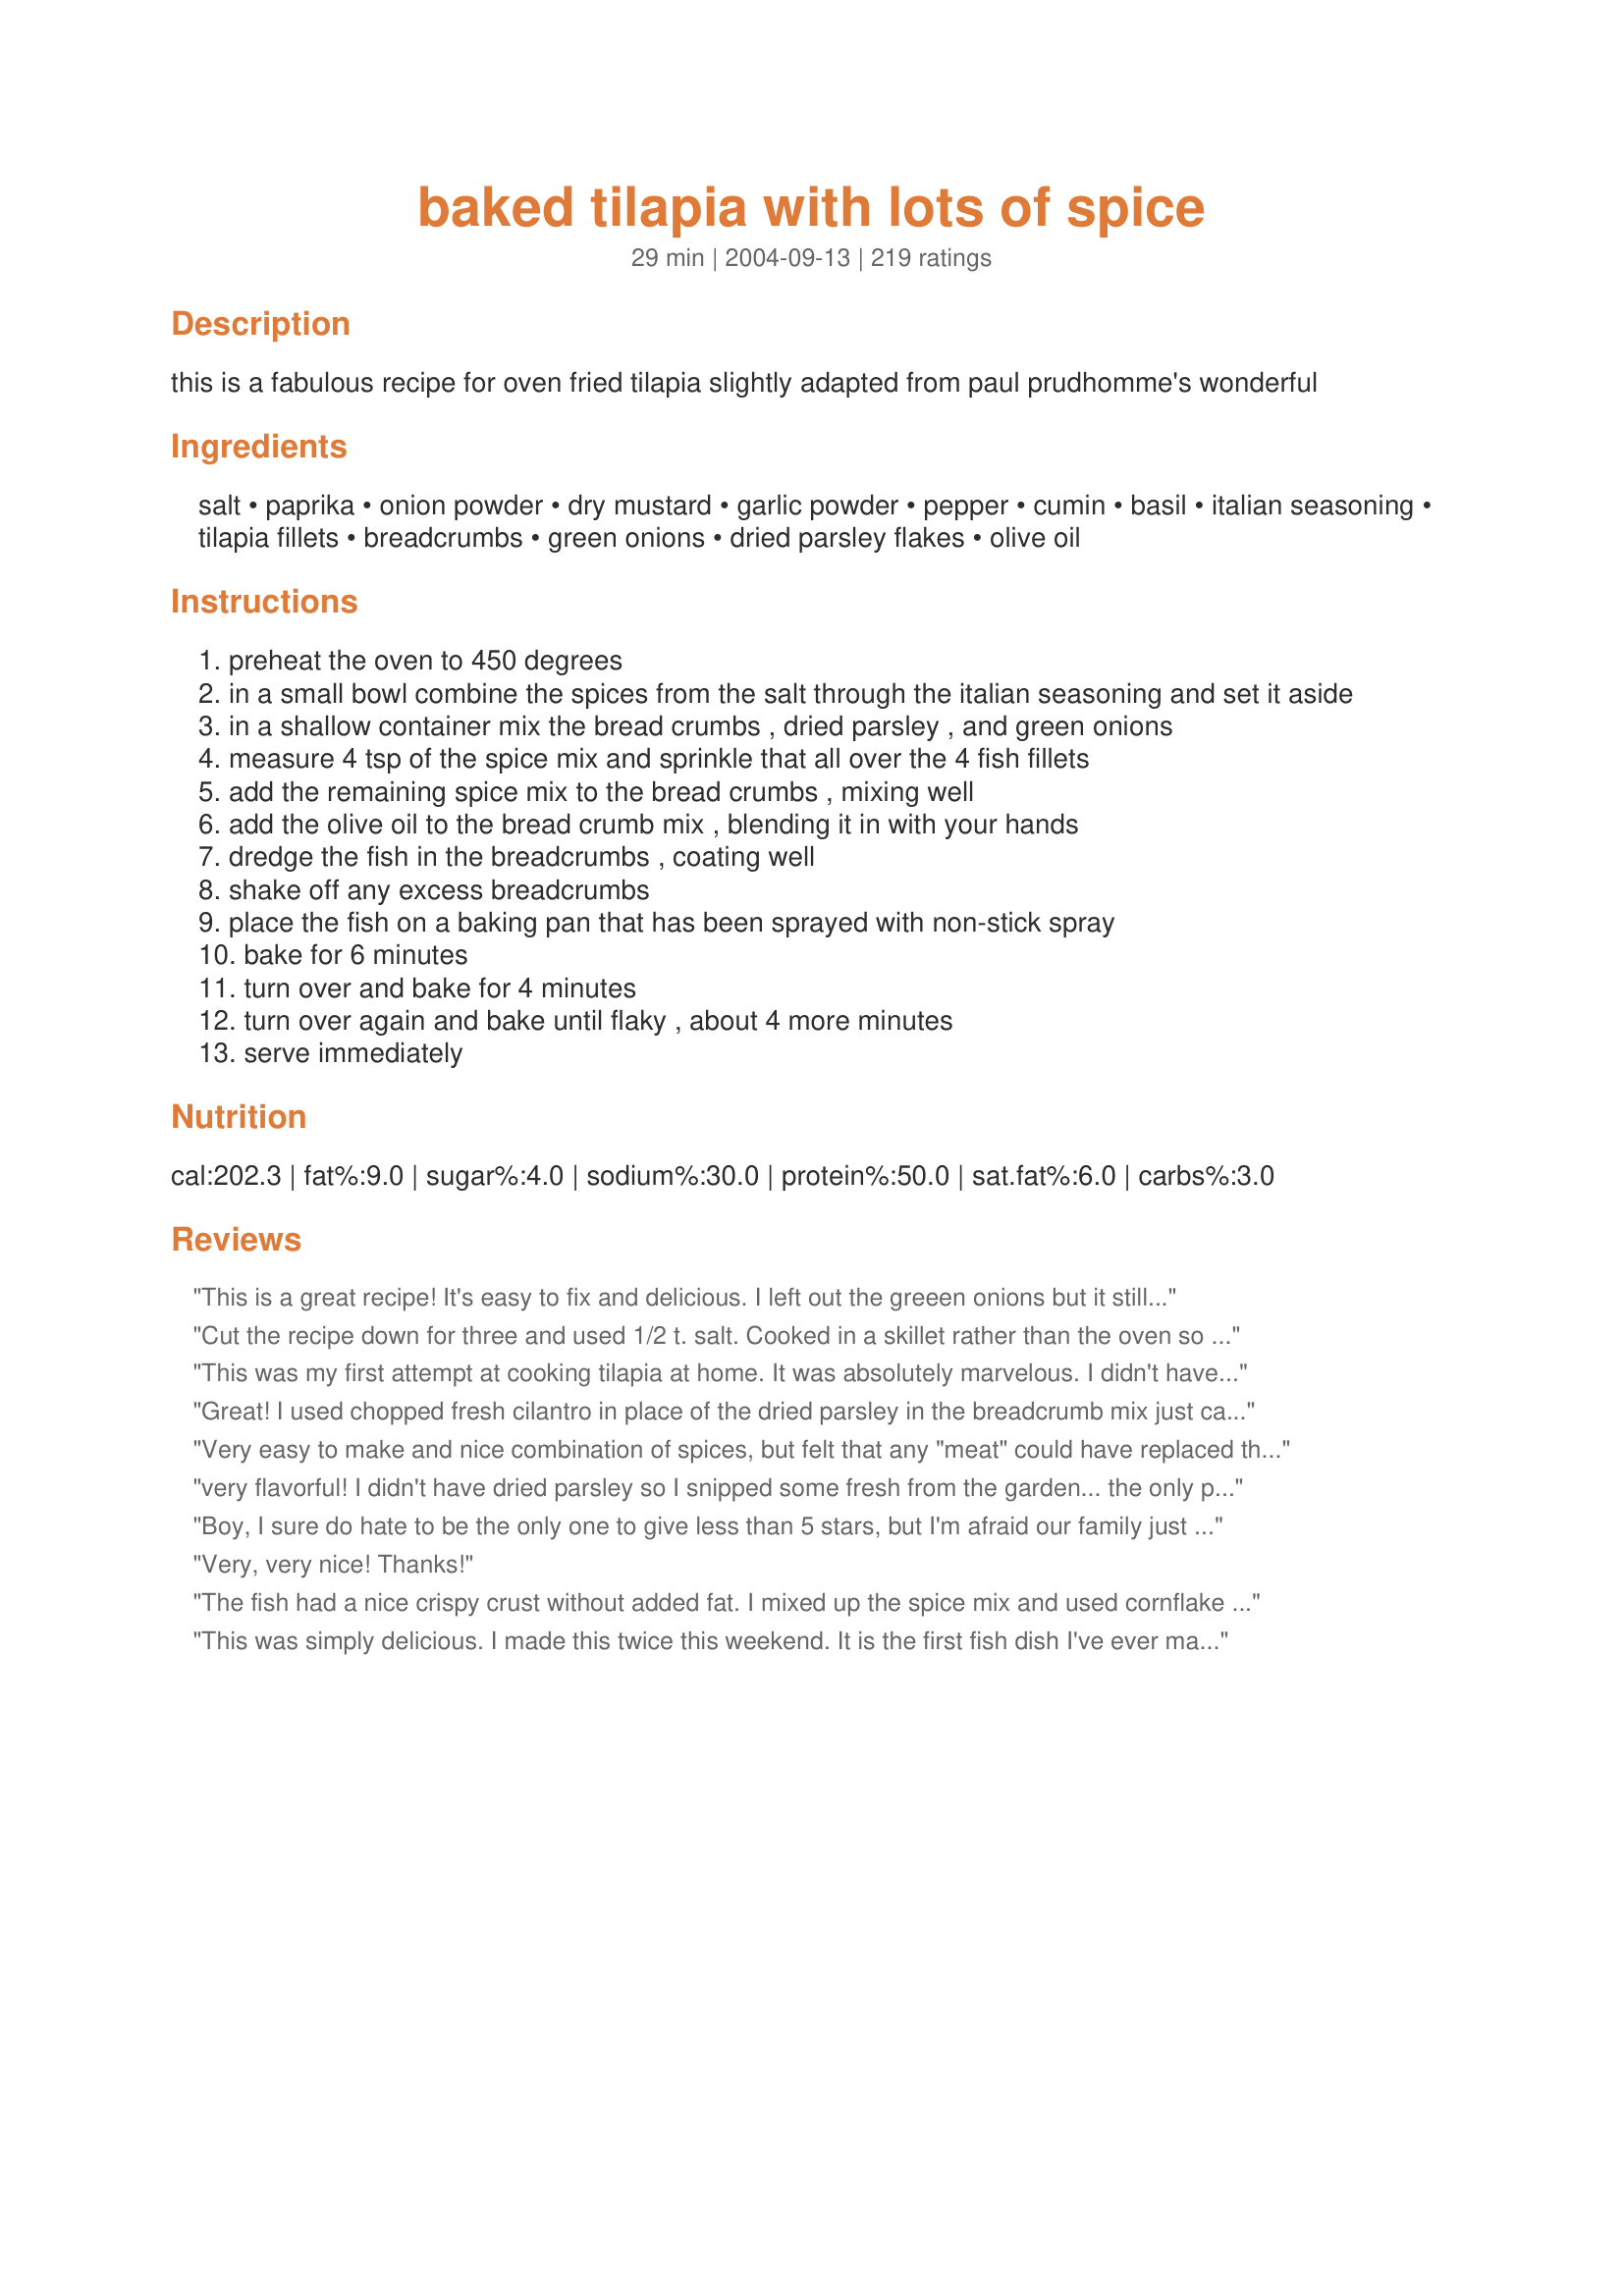
baked tilapia with lots of spice
Preparation time: 29 minutes

this is a fabulous recipe for oven fried tilapia slightly adapted from paul prudhomme's wonderful

Ingredients:
salt, paprika, onion powder, dry mustard, garlic powder, pepper, cumin, basil, italian seasoning, tilapia fillets, breadcrumbs, green onions, dried parsley flakes, olive oil

Steps:
preheat the oven to 450 degrees
in a small bowl combine the spices from the salt through the italian seasoning and set it aside
in a shallow container mix the bread crumbs , dried parsley , and green onions
measure 4 tsp of the spice mix and sprinkle that all over the 4 fish fillets
add the remaining spice mix to the bread crumbs , mixing well
add the olive oil to the bread crumb mix , blending it in with your hands
dredge the fish in the breadcrumbs , coating well
shake off any excess breadcrumbs
place the fish on a baking pan that has been sprayed with non-stick spray
bake for 6 minutes
turn over and bake for 4 minutes
turn over again and bake until flaky , about 4 more minutes
serve immediately

Reviews:
This is a great recipe! It's easy to fix and delicious. I left out the greeen onions but it still turned out fantastic. A keeper for sure.
Cut the recipe down for three and used 1/2 t. salt. Cooked in a skillet rather than the oven so was very quick. Served in thin buns for a sandwich. Very good.
This was my first attempt at cooking tilapia at home. It was absolutely marvelous. I didn't have dry mustard so I tried the suggestion of brushing mustard on the filet before coating and it was delicious. This is going to be a once a week dinner, it is quick and easy for a busy bee.
Great! I used chopped fresh cilantro in place of the dried parsley in the breadcrumb mix just cause I had it and it needed to be used. I also had to do mine on the stovetop, as my oven decided not to work. Pan seared them and they turned out perfectly. My boyfriend told me it was the best white-flesh fish he ever had, and he is a chef. Thanks for a wonderful meal.
Very easy to make and nice combination of spices, but felt that any "meat" could have replaced the tilapia and would also have tasted only of the spices. To be fair, we're used to eating full-fat recipes and not having to rely so much on spices for our flavor, so in that regard, it was a well-designed dish.
very flavorful! I didn't have dried parsley so I snipped some fresh from the garden... the only problem was when I flipped it over in the oven, a lot of the breading fell off. Maybe more EVOO? regardless, a super tasty way to enjoy fish! thank you! will cook again :)
Boy, I sure do hate to be the only one to give less than 5 stars, but I'm afraid our family just thought this recipe was O.K. I followed it exactly, making no substitutions or changes.It wasn't bad, it just wasn't as good as I'd expected, given all the great reviews.Despite the large number of spices in it, we found it to be somewhat plain,which was surprising.And I also had expected it to have a crispy crust, but the breadcrumbs seemed very soft, almost soggy.I made a garlic aioli to accompany ours, and that helped to give it some zip.But I'm clearly in the minority here, as most others really enjoyed it.Your baking time was exactly right though, and maybe we would've enjoyed it more if it were fried and crispy, but I notice it's supposed to be a low fat recipe.
Very, very nice! Thanks!
The fish had a nice crispy crust without added fat. I mixed up the spice mix and used cornflake crumbs instead of the breadcrumbs, omitted the green onions and after washing and drying the fillets, misted them lightly with olive oil prior to pressing into the crumb mixture. The fish held the crumb mixture nicely and after DH's first bite he proclaimed it delicious. Lemon wedges were served on the side.
This was simply delicious. I made this twice this weekend. It is the first fish dish I've ever made and not only did it taste good, it was easy too. I did cut the recipe in half because I only made two fillets each time. Also I did not have any dried mustard so I left that out. Thank you for a great recipe.
Delicious fish, I used basa, we loved the spices! I will be making this again, thanks for sharing this easy, good for us recipe, a real bonus that it is low fat and low carb!
I'm always looking for new fish recipes and this one is a keeper. The flavor of all of the spices combined made the tilapia taste very good. I rubbed the spices on with the reserved spices. Then I sprayed a little olive oil on the fish. Next I dredged the fish in the bread crumb mixture. After the fish was on my non-stick foil, I sprayed the fish with the olive oil again. I ended up with a lot of left over bread crumb mixture when I doubled the recipe, but the spice amount on the fish was more than enough.
This is a great tilapia recipe and very easy to make. The only issue I had was that the bread crumb mixture didn't stick to the fish very well, especially when turning in the oven. I wonder if skipping the olive oil step and dipping the fish in a beaten egg first would've been easier. We'll try that next time. But, the flavor was delicious - great for a low fat dinner.
Great seasoning; we added some red pepper since we like a little heat with our spice.
Good and spicy! I used mahi mahi instead of tilapia, and I bet it would be great with catfish, too. I didn't have breadcrumbs so I substituted cornmeal mix, and that worked out just fine.
We loved this recipe! Even my kids liked it. We've made it several times and have added it to our fish rotation. Thanks for the great recipe.
Great recipe! And so easy to make! Thanks so much!
This was great! I don't really like fish, but I had seconds of this, and DH and DS loved it. It had a great flavor, but wasn't at all "spicy". The breadcrumbs gave a great texture. Served with baked sweet potatoes and spaghetti squash. Thanks for posting!
b/f loved this. quick and easy. thanks
I've made this a couple of times and it is very tasty. The crust this creates on the tilapia is very flavorful and gives it a bit of crunch. I play around with the seasonings . . . using the things I like (not a fan of cumin or basil). Great recipe!
This is a great recipe. I will use it again.
This was a very easy alternative to fried fish. I had read the reviews prior to cooking this and made one small change. I completely omitted the salt, as it would be easy to salt at the table if need be. The taste was phenomenal without salt, so that is how I will make it from now on. I have a hard time eating fish, as I just don&#039;t normally like the taste of it, but with this recipe I will be able to start rotating it into our diet more often. Even my 1O, 8 and 4 year old children loved it. My 8 year old daughter wanted more, but alas there wasn&#039;t any leftover. Thank you for a great new way to eat fish ladypit!
This has become a regular in my house. I'm not too sure if everyone else likes it but I love it and it's not hard to make. It's honestly my favorite fish recipe. Thank you for posting it :D
Wow -- easy, healthy, and tasty! I halved this recipe to serve 2, but otherwise followed the directions to a tee. Normally when I coat something in breadcrumbs I'm used to dipping it in milk or egg first... I wasn't sure how the coating would fare after flipping twice, but I was gentle with it and it stayed on wonderfully. Thanks, this is a keeper!
This recipe is so good. I can't wait for DH to get home to try this wonderful meal. I had everything on hand, but the italian seasoning, but since italian seasoning is usually garlic, basil and oregano, I just added 1/4 teaspoon of these 3 spices. This was my first time on recipe*zaar, but I have now joined and will be adding some of my recipes eventually.
I do love Fish Fridays when I make a meal like this!! This is SO good! The only thing I didn't do is add dry mustard powder, as I didn't have any. Tasty!!
We had this for dinner last night. The only fish I'm used to eating includes baked/breaded Dover Sole fillets, flake Albacore or Chunk White or Light tuna, and those frozen formed fish sticks and fish patties in the freezer section. I think I've had Tilapia before but I can't remember it well. I'm super picky about fish, but this recipe sounded good, and bf thought it did too, so I thought I'd give it a go. A 12 oz package of fresh-frozen Tilapia was on sale, so I since the recipe uses 16oz worth of fish, I used the entire package. Other than the amt of fish, I followed the recipe exactly. The ingred amts and ratios were excellent, I think. I forgot to thaw the fillets, so they hung out on the counter while I mixed up the seasoning. Cook time/temp was perfect. This was good Tilapia, esp for someone like me who is so picky about fish. Bf and I each had 2 1/2 fillets (5 fillets in a 12 oz package) and he said "Mm, spicy, yum," on his first taste. Several minutes later, I heard "Pretty good." I rather agree. :) Thanks ladypit, good and easy recipe to follow for me, the novice cook!
This was very good, will be making again. Thanks for a yummy recipe (0:
I am not a fish person, and I ate an entire piece!! AWESOME dish! not too salty, as others have said. I didn't have dry mustard so I went without, but it was totally delish! Will make again!
Loved it! Had to use crushed cornflakes as I was out of breadcrumbs, and used olive oil cooking spray to coat filets before dredging. Don't regret the cornflakes a bit, but look forward to trying with breadcrumbs as well. Thanks for a keeper!
Five stars are not enough for such a tasty recipe. My family raved about it...even my mother. It's been added to our family's regular food regimen.
Before this I thought the only way to prepare fish was fried. This recipe was down right simple to prepare. Tasted super, and will be among the "tried and true" recipes in my collection. Only change made was I sprinkle lemon juice on any fish I prepare. Rest of the seasonings was measured as is and the fish came out perfect. Thanks for a great fish "fry" !
This was so delish!! I made it a while ago and forgot to review it. Great healthy and flavorful alternative to fried fish!!
This was really easy and tasty! I made exactly as is and the fish came out perfect. Thanks!!
Really good, lots of flavor. 
I loved the combination of the spices, quite tasty! 
I would make this again. 
Grade of B+ at my house! :)
Thank you for sharing!
I know it says four tilapia fillets, but I had excess batter and could have easily cooked 6 fillets . Nevertheless, the recipe worked perfectly and I followed everything as stated, I didn't use the dry mustard and mine came out perfectly. My husband kept telling me over and over how much he enjoyed the fish too! Thanks for recipe.
This was so very good. I followed the recipe to a T. It was perfectly spicy and crispy. It's a wonderful recipe; thank you so much!
Loved this, easy great flavor and I really am not a big fish fan. This is quickely changing my mind. Seasoning was very good. Thansk
This is fantastic! A touch too much pepper for my family. I should have known when I saw it was a Paul Prudhomme recipe! I rarely cook fish at home because I've never had a good recipe. Well, now I do!!! Thanks, ladypit!
I've made this twice now without the breading, instead dipping the fish into a lemon/butter mix, and then into the spice. I also baked it for 15 minutes without flipping. It came out wonderfully!

Also, the spice mix is phenomonal! I've even used it on bbqed pork chops. :)
DH and I have been trying to eat cleaner. (less fat and sugar). This hit the spot. I really was a bit worried about all the spices, but it is "Baked Tilapia with LOTS of Spice".
We were pleasantly surprise that the spices didn't take away from the flavor of the fish. I did serve it with a little (mayo, ketsup and a touch of horseradish mixture on the side) This is a keeper. Thanks, ladypit for posting this deliicous dish.
Excellent recipe! I wanted more than one serving! Next time I will reduce the amount of salt by half...maybe my breadcrumbs were too salty, but it was a little salty for me. I used Morton Lite Salt, and it was still too salty for me. The green onions in the breadcrumb mixture is wonderful. All the other spices seemed perfect. I am on a diet, but this would be wonderful dipped into tartar sauce or with a ranch/dijon dip. Thank you for a wonderful recipe!
Delicious, and flexible! I used a little less salt, and instead of italian seasoning (which I didn&#039;t have) I added a bit of jamaican jerk seasoning. Everyone LOVED it. Be careful about cooking times as they depend on the thickness of your fish. Mine took only 9 minutes total.
Having just discovered the great taste of tilapia fillets I was glad to find your recipe.Thanks
We really enjoyed this! Very easy to make and quick. I served it with Bob Greene's Pepper and Olive Tomato Sauce, which I posted... "Recipe #75610". Even my toddler ate it. Wow, a 2-year-old eating fish. Now that's a good recipe.
I love spicy food but this gave me a heart-burn like feeling after dinner and that never happens to me. I would make it again but cut back on the spices.
The kids and I had this for lunch. Yummy. This will be a regular at my house. I forgot the green onions ,only had a little over 1/4 teaspoon of paprika (which I did put in) and I was completely out of dry mustard but it turned out great anyway. I can't wait to make this as directed.
I bought a lot of tilapia lately so I've been searching for new ways to make it, and this was a wonderful alternative! Not only was it simple to make, since I had all the ingredients on hand, but it was soo flavorful! I might of overdosed on the salt though because it came across on the salty side (I'm a salt lover too!) but it was still excellent.
I followed the recipe as written, but something was wrong - the finished dish was greasy. Maybe there's a particular type of breadcrumb to use - I used the packaged Italian-seasoned ones, but it wasn't what I'd expected.

Diane
great recipe, loved by those who hate fish
This just wasn't for us. The only change I made was to cut the salt in half. The flavor was ok, not something we were crazy about but edible. The biggest problem I had was the coating wasn't crispy, it felt like uncooked breading.......Maybe we are more texture sensitive than normal but we couldn't eat it.
WOW! Just WOW! Mmm! Moderately spicy, nice and crispy. You'll swear it was pan fried. The green onions didn't stick :-( but it was still very good. I'll try slicing them smaller next time and hope that helps.
this was delicious! the spices are GREAT. thanks so much!
Wonderful! Thanks for this one!
Loved this, but I was missing some of the spices so I'm leaving a star off:) I'm sure it's worthy of a 5 star rating just based on what I had tonight :)
Wonderful recipe! I've made it at least five times already and it continues to command rave reviews from my hubby and 8 y/o daughter. I measured a triple batch of the spice blend (I omit the salt)into a ziplock and so prep time is even shorter and usually cook five fillets. We like this with either wild rice or mashed potatoes, as well as a green leafy veggie (steamed swiss chard, sauteed spinach or broccoli) and carrots. If I don't make plenty of veggies, my hubby will keep going back for more fish and I won't have enough to pack a lunch.
This was so unbelieveable good! I had high expectations due to the reviews, but oh man! Was it good! I used frozen tilapia that I thawed first. Also, my husband really likes spicy food so I added more paprika and cumin to his than mine. Oh, I also accidentally put the breadcrumbs in the spice bowl and it didn't mess it up. THANK YOU!
Excellent flavor and ver easy to make
Fabulous! I got such rave reviews the first time I made it that I used the same recipe on the chicken breasts I made tonight. Delicious!
Wow! So yummy. My fiance is not crazy about fish, but I love it. He really liked this dish! I served it with rice and corn. Thanks for the great recipe!
Great flavor. It does remind me a little of shake and bake. I only put the spice and bread crumbs on one side of the fish and baked on parchment paper for 12 mins. Thank you
I didn't use Breadcrumbs and i used regular mustard, but I still like the way it came out. I've used it more than twice. Thanks
Very easy tasty recipe - I used Panko crumbs and Basa fish, None of the herbs/spices overpower each other but they all come together to give a subtle flavor to the fish. I served the fish with Lemon Asparagus, new carrots & sweet potatoe oven fries - Wonderful dinner Thanks ladypit for a lovely dinner
Made this last night and there were several comments around the table about how good the fish was. My 13 y/o son said he didn't like fish until he ate this dish. This is no fish tale:) It's a keeper. Thanks for sharing.
I used this recipe on some snapper that we caught in Florida. It was fantastic! My family thought it was the best they had ever had. Very yummy. Thanks for posting.
The flavor of this is absolutely wonderful! I made this last night with buttery rolls-what a delectible dinner! :-) My 5 year old son was begging for more! Wish I had made more! Next time I will know to double!! :-) Thanks!
Delicious!
I have to admit, I made this recipe my own. I used cod fillets and I didn't use any bread crumbs. I also halved the amount of cumin according to what others had said about it being over powering. The amount of each spice was perfect! 
So I also just used half of the recipe for 4 cod fillets because I didn't want the spices to over power the fish. With that amount they didn't over power it at all, it was just perfect! Thank you for this great seasoning mixture!
Very nice recipe! I followed the directions with the following exceptions:
I didn't use dry mustard and I dredged the fish in olive oil then in the bread crumb mixture.
Loved this I dipped the tilapia in a beaten egg first to help the breadcrumb mixture stick, so I just mixed ALL the spice in with the bread crumbs before dipping instead of rubbing it on the fish.
I tried this tonight and the only thing I didn't love was the cumin, but I am pretty fickle about that anyway. Otherwise it was really good.
Seldom do I prepare fish, except for the occasional piece of salmon. This recipe caught my eye as I thought it would make the mild fish a little more interesting. I was right! It was absolutely delicious; I started nibbling a piece right after it came out of the oven. Perfectly cooked and I was enthralled with the spice mixture. Thank you so much for a fabulous fish recipe that I will enjoy often!
This is my new favorite tilapia recipe. I didn&#039;t use the breadcrumbs - just rubbed a little olive oil on the fish and sprinkled on the spice mix. For my taste, the spices were perfect - not too salty, not too much cumin or anything else. Just perfect!
Great flavour what more can I say. I used cod as we don't have tilapia sold here. It is well worth having all the spices and I thought I may try using these spices on a chicken fillet, I think it would work out great.
I made this for dinner lastnight with couscous and it was fantastic! I also added a lot of fresh lemon juice. No leftovers! Thanks so much for a great recipe.
I wish i could mark this 1000 stars. I've been using this recipe for a couple years now but this is the first time Ive added a review. Everyone I've made this for absolutely loves it. Definitely a staple in my house. Thanks for sharing!!!
Very tasty...even my son, who doesn't like tilapia finished it and said it wasn't bad. This is definitely a keeper. I omitted the oil, and sprayed Pam on the fish. Just before I put it in the oven I sprayed it with I Can't Believe its Not Butter Spray.
Very tasty. Baking time was perfect. Also very good if you squeeze lemon over it before eating--really brings out the flavor.
This was a moist, delicious fish dish that is really easy to prepare, and uses ingredients that are mostly found around the house. The wife and I both loved it. We'll make it again, though next time I'll use a touch less salt; it tasted just a touch too salty for me.
I really thought that we would love this since I use tilapia for fish tacos regularly. The spice combination isn't anything that won my family over and nobody went back for seconds - a rarity in my household.
Loved It! Excellent flavour! Absolutely a keeper!
I enjoyed preparing this. I used flounder. We all had different reviews. For me it was a 3 (it was only OK), for my older son and DH it was a 4 (pretty good) and for my picky son, well, he didn't like it.
Excellent recipe with a surprising amount of flavor. I will be making this often in our house. I followed the instructions exactly and wouldn't change a thing. Thank you!
Wonderful taste! The only thing I will add next time is lemon juice so the fish want have a strong fishy taste.
Great mixture! It was a little too salty for me, so next time I will add less or omit the salt. I didn't have onion powder and it still turned out great! I sprayed my tilapia with EVOO spray before dunking the fish in the breadcrumbs. My fillets could have stayed in the oven a little longer too, because I would have liked them a bit crunchier. Overall, a great and EASY find and I will definitely do this again!
This was the first time I've ever made fish and it was pretty good. I think it's a great recipe for those that don't really care for fish, but are trying to eat more of it as the tilapia is very mild and the flavor of the spices come through rather strongly so it doesn't taste fishy. DH thought the spices overpowered the flavor of the fish a bit much and that there were too many different spices competing with each other, so I'll probably only put half of the spice mix on a couple of filets for him next time. Thanks for sharing.
We eat a lot of Tilapia! This is one of our favorites! We like our food spicy, so we also added ground red pepper. This smells wonderful while it is cooking. So good!!
This was pretty good! We cut the salt in half, as suggested by other reviewers, and put in some extra pepper probably an extra 1/4 teaspoon. Otherwise this was pretty good! We'll definitely make it again, as we always have this stuff on hand.
I made these last night for supper and we loved them. They have the perfect amount of spices and they baked up so beautifully. My kids usually cover their fish in tartar sauce, but the sauce hardly got touch last night. So good, I want to thank you for sharing this fantastic recipe with us. I will most definatly use this recipe again, it was so good.
My husband gave this 4 stars because its and I quote, "Not potato soup and potato soup is the goodness that we base all food ratings upon." I personally think its one of my favorite ways to prepare Tilapia. Only change I made was cooking it almost 20 minutes.
Very Good and easy to make! Whole family, including 2 small boys, enjoyed it. I only used 1/2 of remaining spice "mix" on fish directly as to not make it too spicey for the kids. It worked great and still packed a flavor punch. Will definitely make this again!
Thank you

this was really good. never sure what type of salt to use when recipe isn't specific..but i used kosher for this and it turned out fine.
I agree with some other posts. We too thought the spice mix was too salty. I suggest using 3/4 teaspoon of salt instead of the 1 teaspoon. You can always add more to your taste. Other than that, the recipe was very good and we'll use it again.
Easy and delicious. Nothing else really needs to be said about this recipe.
This is a great recipe! I didn't have any green onions so I threw in some dried minced onions and used Italian breadcrumbs..that's what I had. Turned out fabulous! Many compliments from DH. This is definitely a keeper for us! Thanks ladypit! :)
Fantastic! This is my new favorite talapia recipe!!! I didn't have dry mustard or onion powder on hand but it came out great without them. I look forward to trying this keeper with all the ingredients listed in the near future. Thanks for sharing.
YUM YUM YUM!!! After one bite, I wished I had made more. My husband was disappointed that I didn't make more, and my two year old son, who LOVES tilapia, was whining because he didn't have more. A definite make again and again recipe. Thank you!!!
Tried the recipe and it was great. The flavors are so good that I've tried the recipe using chicken and pork chops.
My DH liked this more than me. It wasn't crispy at all. I think next time I will dip it in egg to get the crumbs to stick better. The flavor was good. Maybe my oven is just not working well and that is why it wasn't crisp.
AWESOME recipe! Because of all the comments, I reduced the salt to 1/2 teaspoon. I also did as someone suggested to dip the fish in egg (after seasoning with 4 tsp. seasoning) and then covering with bread crumbs. We loved the chopped green onions in this! This recipe is keeper for sure!
I LOVE THIS RECIPE! I'm not a big fan of fish to begin with, so the fact that I love this recipe tells how good it actually is! I used a fish called BASA, the store was out of tilapia. It turned out spectacular, I placed the fish on mashed potatoes, like I've seen in some resturants and my DH and I LOVED IT. WILL MAKE AGAIN
My DH thoroughly enjoyed this and I loved the blend of spices (I don't like fish, but liked the spices). I went ahead and just pan seared them and then finished them up on the stove since my oven was full of other food...worked great! Thanks for sharing this easy and delicious recipe!
Here is a replay of our kids dinner conversation tonight- " Is this fish, Mom?" " We don't want fish!"

After their first bite- "Wow mom did you make this?" "This is really good" "Mmmm, This is realllllly good!"

Even my 3 year old ate a whole fillet!!! Usually when making fish I can barely get any of my boys to take one bite.. This was seriously some good stuff.

I even Oopsed a bunch and it still came out great..
I used 1 tsp. Prepared mustard because I did not have any dried, I used minced onion instead of onion powder (lack of), forgot to add the basil, skipped the italian seasoning because I was already using seasoned bread crumbs, totally spaced adding in the green onions, and after all those Oops' it still came out TERRIFIC.. I can't wait to try it again maybe this time I will use my brain and make sure to add ALL of the ingredients... :P
Excellent recipe and wonderful spice mix. The whole family marveled at the explosion of flavors. I added some fresh herbs from the garden, as well, but stuck to the recipe otherwise. Like some others here, we also found it a bit too salty, so won't be adding more than half of that next time. Thank you!
Thanks for the recipe. I did it the lazy housewife's way by using frozen tilapia from Costco. Also, I just put the frozen fish in a glass pan, drizzled olive oil over it and then mixed all ingredients and sprinkled on the fish. I cooked it at 400 degrees for 32 minutes without turning it, and it turned out great! And, yes, my five and 1 year old ate it as well!
This is a great recipe. I was looking for a flavourful recipe that didn't involve loads of butter for pollock as it can be quite bland. It came out flaky and tasty without all the fat of a buttery fish dish. I might try it next time with chicken like some of the other reviewers suggest.
My DH just loved this (I'm not much of a fish lover myself)! We used basa instead of tilapia because it was on sale, and it still turned out wonderfully! I will be using this recipe again! Thanks so much!
I like this recipe for many reasons. It is very easy to make which is always important to me. The spices blended well for great flavor but no burning mouth. Husband and family thought is was tasty and it's just darn healthy. Thanks ladypit.
I love this recipe. The flavor is great and the fish very easy to prepare. I sprayed the fish with butter flavored non-stick spray before applying the breadcrumbs. It helped it stick (thanks, Barb Gertz, for the tip). My 5 year old ate an entire piece. I will try this with cod or another white fish. Thanks for sharing.
Wonderful, moist and flavorful fish! Served with quinoa and roasted veggies for a healthy dinner!
Very tasty! I cut the salt to 1/4 teaspoon. Tilapia is our whitefish of choice, and this one will be made often! Thanks for posting!
Flavors were good. The green onions did not stick to the fish. Most of the crrust fell off. Maybe I should have used more oil or sprayed the fish with cooking spray after I coated it. I may try it again.
Delicious! I loved all of the flavor in this. I'm not always a fish fan, either, and this made the tilapia perfect to enjoy. I served it with Risotto and Green Beans. Yummmmm!
This recipe is great except it's WAY TOO SALTY!!!!! I'm still going to give it four stars, because I will try making it again with less than half the amount of salt the recipe calls for. I really hope people come across my comment or others before the make this for dinner, because it's VERY SALTY!!! Other than that, the spice blend creates a great flavor for the tilapia :) YUM!
Ladypit, this recipe was a winner for us! Wow! We have been trying to add more fish to our diet and dh and I have discovered we love Tilapia. As someone else mentioned it doesn't have the strong "fishy" taste. I also like the fact that Tilapia fillets are thin and cook quickly. The spice combination in this recipe is very good and they blend well with the fish. I did not add the olive oil to the bread crumbs but instead brushed it on the fillets and it worked great to adhere the breadcrumbs to the fish. I will definitely be serving this dish often and I'm taking someone else's advice and mixing up a large batch of this seasoning mix to have ready to go. Thanks so much for sharing this recipe! :)

This one was a tiny bit too heavy on the spice for me, but still a very good recipe! I think that it probably would have been better if I had had a bit of lemon to squeeze over it. I might make this for some of my friends who like a lot of spice flavor, but I thought that the mix was a tiny bit overpowering.
I hate to be the black sheep, but I thought this was awful. I followed the recipe exactly, with the exception of the green onions (I forgot to chop them) which I left out. The only spice I tasted was the cumin. I like cumin, but it was overwhelming in this recipe and ruined the fish for me. I like fish, and the list of spices appealed to me, but the end result was just not good. Another problem I had was that it was soggy - the breadcrumbs never "crusted," even after a few minutes under the broiler. I'm an experienced cook, so I'm still trying to figure out what went wrong with the baking process. But as far as the flavor goes, neither my husband nor I liked this and it's not a keeper for us. Thanks for posting, obviously I'm the outcast on this one! :)
This is AWESOME and definitely a keeper. My son moaned when he found out I was trying out a different Tilapia recipe because he loved the Tilapia with lime butter so much. When he sheepishly asked for seconds and proceeded to eat MY fish, I knew I had a winner. DH told me I'd regret giving it away and he was right. This is really tasty and I'm definitely adding it to my list of favorites. I make my own homemade breadcrumbs from a recipe on recipezaar and they are very flavorful and stick well. 

Thanks for spicing up my Sunday ladypit
I can't believe I haven't rated this recipe. I have made it several times, and we truly enjoy it each and every time. For a special thank you to a friend of mine, I printed out the recipe and put together the dry spices for her in a little bag. It made a great gift, and she and her family really enjoyed the results. Thanks ladypit!
Thank you for sharing this wonderful recipe. Will be a definite repeater in my kitchen!
omg i just made this receipt and it is so yummy..love it..will fix it over and over again and i didnt even have the dry mustard or the green onions..i dont even think it needs it..yummy
Flavorful and delicious! I didn't have the green onions and ended up having to use a bit more olive oil, but the recipe still turned out wonderfully.
Unfortunately my fish came out soggy. Perhaps it was something I did wrong.
This was one of the best Tilapia recipes I have ever had. I used Roasted Garlic and Savory spices breadcrumbs because that was all I had. The fish turned out to be wonderful!!!!!!! I will definitely make this again.
This is a great recipe. Basically easy to make and low call too. My family loved it. I used "BLINK's" idea to brush fish with brown mustard before coating since I didn't have any dry mustard. Worked out great. Thanks for the suggestion.
This was really good and crispy. I used panko bread crumbs which added to the crispy, light texture. It is highly seasoned so there will be little if any fish flavor. The fish is flaky and well cooked.
We doubled the recipe and it turned out great. The well coated pieces were a bit too salty/seasoned, but the pieces that were a bit more sparsely coated were great. This will definitely go into our recipe collection.
This was easy to prepare. My husband loved it. I on the other hand thought it was ok....I felt that the spices overpowered the taste of the tilapia. The cobination of spices gave a tasty flavour, but that's all I could taste. It didn't allow the flavour of the fish to come through. Next time I make this, I will use half the amount of spices suggested. Thanks for sharing.
I loved the spice combination here, lots of flavor but not spicy in the peppery sense of the word. Even a chili-head like me needs a break sometime. Since I've cut bread from my diet, I used cornmeal in place of breadcrumbs. It worked well but you have to like cornmeal. Thanks ladypit.
This was well received by my fish-loving friends at a recent get-together. Thanks!
My husband, the king of picky eaters, says this is a keeper. First time ever that he went back for more!!!!
This fish was delicious. I followed the directions exactly and it came out perfect. thanks for the great recipe, I'm sure I'll make it often.
Really delicious and easy to prepare. I didn't use green onions in the coating as I didn't have any on hand. The fish cooked in 10 minutes. My husband enjoyed this so I will certainly be making it again.
This is a great recipe! The only problem I have with it is the cooking time. Other recipes that I have for baking fish at high temps. (450 degrees)say to cook for 10 min. per inch of thickness of fish, and this has always worked for me.
Sooooooo, while I followed the ingredients exactly, I only baked the tilapia for about 11 min. and didn't turn it at all. It was cooked perfectly.... and delicious.
Thanks, ladypit!
I made a quadruple batch of the spice mix just to keep on hand so we can have this more often! Mary
This is soooooo delicious! We love Tilapia at our house but don't have a lot of recipes for it, so I was thrilled to find this one. It really is an easy recipe and has a delicious flavor! I only had to bake mine for 10 minutes (6 on one side, 4 on the next), but our fillets were pretty thin. Thanks for sharing this recipe! We'll be making this time and time again.
Delicious and easy-- with made this exactly as listed, but I'm sure substituting some of the spices if need be would not matter. This is light, easy, and delicious. We had this with the spinach and walnut quinoa recipe from this site and sauteed fresh asparagus. Thanks for the recipe!
As part of a move on my part to get the family eating better I've decided to include fish more frequently in our diet. This is a huge challenge as my husband and son really do not like seafood at all, I'm so-so depending on what it is, and my daughter loves it. This recipe fit the bill, even DS who refuses to try seafood ate it up and proclaimed it 'perfect'. I used Cod fillets as that is what I had, and the spice mix lent great flavor and color to the fish, while not overpowering it. I did add about 2 Tbsp of freshly grated parmesan to the breadcrumbs and left out the Italian seasoning as I didn't have any on hand. Thanks Ladypit, for such a great tasting fish recipe, I'm keeping it close at hand.
Awesome!!! I hope that sums it up a bit!! The tilapia was delicious!! This is my new favorite seafood recipe!!!
Amazingly easy and delicious! I made my own breadcrumbs with whole wheat bread. I served this with some cheesy brown rice and green beans for a delicious healthy dinner. Thanks for sharing the recipe!
Wow! I decreased my salt to 1/2tsp.(used lemon pepper salt) because I'm watching my salt intake. I also used seasoned Panko bread crumbs. My house smelled so good. Definitely saving this for a repeat.
YUMMY!! The blend of spices was great. I changed a couple of things--I didn't have basil on hand so I upped the amount of Italian seasoning a bit, & I also didn't have any green onions but I don't think it made a difference. And instead of adding the oil to the bread crumbs, I drizzled the baking sheet with it. I served the fillets with green beans & couscous - DH liked it (and he's pretty picky!) This one's a keeper - I will make it again & again ... thanks for posting! -M
Nice healthy and easy dinner to make. I wasn't sure what the green onions did to the mixture, as when you shake the excess off the fish those just fall off, but all the other spices were great. I might drizzle a tad of olive oil on the fish before baking, to give it a bit of extra moisture on the outside, but we really did enjoy this as-is. Thanks!
Oops, accidentally wrote my review under my husband's account! Delicious fish!
excellent...was looking for something to do with mahi mahi instead of the usual frying....fixed it with hushpuppies & coleslaw. really enjoyed it!!
I didn&#039;t use the salt, or the bread crumbs. I basically used the spice mix as a dry rub, and let the filets sit in the fridge for several hours. Then sprayed baking dish, added filets, drizzled with olive oil, and proceeded. Fantastic spice blend that will find it&#039;s way into other recipes. Thanks for the keeper.
Yum! My boyfriend and I really enjoyed this last night. It had just the right amount of spice. I coated the fish with the olive oil, and greased the pan with it since that seemed to be the locial thing to do. I will be making this again! I also left out the dry mustard since i didn't have any on hand. But i did brush the fish with a little brown mustard before coating in the seasoned breadcrumbs. Thanks!
Let me add my 5 stars worth to this recipe! I used only 1/2 t. of salt and followed the rest of the recipe as written. Easy, very tastey, and healthy- what more could you ask! I served this with Ladypit's Bulgar Pilaf with Broccoli and Peppers (#107267)- another great recipe!Thanks for posting this, Ladypit- I'll be making it often!
This is outstanding ! I used Basa fillets (an Asian catfish) as Tilapia is nearly impossible to find in my area. Love the "fried" texture, and the spicy flavor is fabulous. I'll be repeating this one often. Thanks for posting.
We loved this recipe! We'll definitely try it again. Instead of baking it I drizzled some more olive oil in a pan and fried the filets. Not as healthy, but they turned out crispy, spicy, and amazing! I also added some white pepper, and omitted the dry mustard, as I didn't have any handy. Next time I'll be sure to have lots of lemon, and LOTS of water available.
I was looking for some tilapia recipes the other day, since I've never cooked it before. It was a hit! We'll be having this again soon. Thanks for the great recipe!
Excellent flavor! I even LOVED the leftovers!! I did leave out the green onions, only because it just sounded strange in the breadcrumb mixture. Thanks for a real keeper!!
LOVED this recipe! this was so easy and tasted wonderful. the whole family enjoyed. served with a roasted veggie dish that i just posted today. i will definately make this again. thanks!!
I don't like fish but I liked this. My husband told me to keep this recipe. I will be making this again.
This is so delicious! I love the spice combination and even my 7 year old will eat 2-3 pieces of this fish! Thanks so much!
I made this last night, and this recipe is definitely a keeper! I really liked the way the breading turned out. I also had to use a little more olive oil with the breadcrumbs, and a little less salt. Otherwise everything turned out delicious. Thanks for sharing, I will be making this again.
I love finding lowfat recipes that are also delicious!! This tilapia is easy to make and comes out perfect!! I left out the olive oil and instead sprayed the fillets w/ butter spray then rolled in spice/crumb mixture. My husband and 7 yr old loved it also!!
very spicy and great taste
4 stars because it itoo salty. definitely reduce salt.
I made this a few days ago and although it wasn't bad, my family likes "robust" flavor and this was just too mild for us. If you like a mild flavor, you would like this but from the sound of it I thought it would be a delicious strong flavor but to "us" it wasn't.
This was absolutely delicious and very easy. I made it as stated in the recipe except I did not have any green onions. Next time I will add the green onions and some fresh parsley. Thanks for posting.
This was okay, but not as flavorful as I expected. I think I prefer tilapia with a sauce rather than a dry rub.
This was very good. I've been trying to come up w/ a good tilapia recipe for a very long time. DH called this "restaurant quality." Will certainly make it again. Thanks!
I loved the crispy crust on the tilapia! The flavors were so good, and the meal was so low in calories and fat! This is a winner in our house!
Yum! very good! I do not really like fish, but this was great! My 2 year old ate it as well. Husband loved it! He's a fish lover. If you are a person who doesn't like fishy fish, try this! It's very good! I did everything exact. Next time I may cut spices in half, I had a TON leftover spice mix. Thanks for a keeper!
NOTE: Dont cut spices in half, lol, I did it this time and didn't have enough. That was frustrating to me. Its better to have too much than not enough.
What flavor! This made a usually tame dish into a fantastic cripsy and delicious meal.
Great, easy recipe...It was only me for dinner, but I made the full spice recipe and it's saved in a jar waiting for the next meal! I didn't use the oil and would probably leave out the green onions next time unless I happen to have them on hand. Thanks for posting!
Yummy!! I left out the green onions as a personal preference but followed the recipe other than that. The fish is wonderful, the seasoning is perfect! Because my hubby doesn't like fish, I did a boneless, skinless chicken breast for him with the same method - he really enjoyed that, too.
Very yummy. I didn't have any dried parsley on hand, so I added some dried chives instead. Still had great flavor.
my family loved it
Great recipe... but not for tilapia. I think the spice mixture completely overpowered the delicious flavors of tilapia. I will definately use this recipe for chicken though!
Wonderful. We had this last night for dinner and I'm currently eating a piece with salad for lunch. I did cut back on the salt to 3/4 tsp and I'm glad I did as we felt this was even a tad on the too salty side and we're both salt freeks. So, next time (and there will be many next times) I'll try 1/2 tsp. I'm also going to try salmon with taragon instead of the parsley. Thanks for a super recipe.
Super easy and quick! I made it for 1, so I only made one fillet and cooked it in the toaster oven.
Very healthy but I also reduced the amount of salt for this recipe. Thanks!
Just finished eating this for dinner and it hit the spot. The spice mixture is sooo flavorful and the fish came out very moist and tasty! I doubled the spice mixture & breadcrumbs. I did end up w/ alot of extra bread crumbs when I was finished. I took another reviewer's advice and brushed on some spicy mustard before breading the fillets.I baked mine at the recommended 450 but I only baked them for 10 minutes, turning them over once half way through. One more thing...when I turned them over while baking the bottom side was a little soggy so I sprayed PAM on them and patted a little bit more of the bread crumb mixture onto each fillet and put them back in for that last five minutes. Perfection!
This is a rating for the breading only as I used Mahi Mahi. This is wonderful, I didn't have any green onion, but will have some on hand next time, like probably next week! This is a terrific way to fix fish, I stuck the ingredients in the point tracker on Weight Watchers & the breading is only 2 point per serving so that makes it a great way to get healthy fish breaded. We will use this often, thanks so much.
Made this last night with orange roughy. We like spicy food, but these spices were very strong and over powered the taste of the fish.
I'd give it 5 stars! But my husband kept complaining about how salty it was. Otherwise, we thought it was perfect! Used fresh tilapia, and had to omit a couple of ingredients or make minor substitutions, but I thought it was pretty good!
This could have been a really good seasoning blend, however it turned out WAY too salty for my taste (and I love salt)... so much so that the tilapia went straight into the trash. Next time I will try with a lot less salt...
Made this for supper with some wild rice and it was very good! I did not use the Italian Seasoning because I just for some reason didn't thing it complimented the other spices. Really enjoyed this. Thanks
Easy to make and it was quite tasty. I made mine without dry mustard and mixed up my own Italian seasoning because I didn&#039;t have any in stock and it still turned out great. Definitely a great alternative to fried fish. I do plan on making it again with Dry mustard hoping that would give it a spicy taste. I did not have any problems getting the breadcrumbs sticking to the fish as directed in the instructions, but I did let the fish sit in the Fridge for a few hours.
Excellent recipe. My 2 year old loves it. I would cut the salt in half as it was too salty for our taste and my wife is a salt junky. Overall, VERY good.
Very nice. I enjoyed the flavor. I used Panko brand for the bread crumbs. I needed to use more olive oil in order to get the correct consistency for the bread crumbs to adhere to the fish. My filets were thin so I did not need to do step 11.
We really loved this. I used another reviewer's tip and brushed the olive oil onto the fish after the seasonings were on and then dredged in the crumbs. I used Panko crumbs. The cook time was right on. We thought the spice combination was perfect. I am going to try it on chicken.
This recipe is great! My husband and I loved it and I'll definitely make it again.
This was delicious! We all loved it! I tend to overcook fish, but this turned out perfect! I was amazed at how well the coating stuck to the fish. I will be keeping this recipe around! Thanks!
This is a GREAT recipe. I did alter it a bit tho. I did not use salt, green onions or the olive oil(To hold down the calories & fat). I used non-stick spray on the pan and a fat free butter with garlic flavored spray on the fish so it would hold the bread crumbs. I mixed all the dry ingredents together and put them into a small shaker bottle so I could use it as individual servings(my husband doesn't eat fish). I love the fact that the Tilapia doesn't have the "fishy" smell nor taste like other fish. I hope all that try this recipe love it as much as I do.
I'm giving this recipe 4 stars because of it's potential. I made this last night and it would have been great except it was WAY too salty. Next time I make this I will probably just omit the 1 tsp salt. Other than that I loved the crust on it and it was very easy and fast to put together. Thanks!
Excellent flavor and SO easy to prepare. I got home from work at 6:00 p.m. and this was on the table before 7:00. It turned out much better than anticipated. Mixing the olive oil with the bread crumbs is a neat idea because it really helps the crumbs adhere to the fish. This will become a mainstay in my house. Thank you, ladypit, for sharing.
Easy and delicious. I used haddock since I had no tilapia. My fish-hating daughter had seconds!
Thank you for this recipe, it saved a lot of my time and its delicious too.
I'm sorry, I did NOT like this recipe... just didn't taste good to me.
Excellent tilapia dish. I cooked for about 3 more minutes that was recommended. The fish came out flaky and light. Also, I had no dry mustard, so I just added honey dijon straight from the jar when I mixed in the olive oil. Last, I did not use cumin or green onions, and this dish scored big with my family, nonetheless. Thanks for posting!
This was quite tasty; however, I had a hard time getting the seasoning to adhere and had to coat the fish in some beaten egg first, otherwise it would have been too dry. The seasonings were quite good.
We made this last night and thought it was fabulous! So easy too :) Great for nights when you don't feel like grocery shopping and want to make something you already have.
Great recipe. Followed as directed and thoroughly enjoyed!!
This was a great recipe, though as with a couple of the other reviewers, I had a terrible time getting my breadcrumbs and onions to stick despite trying to use nonstick spray for help. The flavors were fantastic, and even with a thin crust we really enjoyed the fish. It was my first time attempting to cook fish of any sort, and I'll definitely be trying it again! Maybe with more practice I can get the crust to stick as intended!
Yummy! I made this last night as written except added some red pepper for some heat, loved it! This recipe is a keeper.
I made this as written and it turned out fantastic. The next time, I think I will add some snap peas and roasted red potatoes. But even as is, served with rice, it was wonderful. And very easy to make. I will be making this often.
Great fish dish! My husband kept nodding while eating - "This is really good." "This fish is great." We will be eating this often. I used homemade toasted bread crumbs and cooking spray. I had to press some of the crumbs & spices in, but it turned out to be wonderful!
excellent! I've never had tilapia before and now will have it often. Thanks for a great recipe!
This was awesome! Everyone loved it. Very easy to make with everyday items. I will be making this often, thanks for posting!
I made this the first time with the breadcrumbs and then again last night without the breadcrumbs - both were amazing, I actually liked it without the bread crumbs a little better. I just brushed some olive oil on the fillets and then sprinkled very generously with the spices - Amazing.
Delicious! I can't believe how flavorfull this was...and healthy. I am so pleased to have a "go-to" recipe for a quick week night dinner. I used cod instead of tilapia and I served it with steamed broccoli and wild rice. Absolutely yummy!
Thanks for a great recipe. Don't let the number of ingredients scare you off from this tasty dish. It is so easy. My only change was to lower the salt and next time I would probably use a salt alternative to lower the sodium even further but the taste was perfect other than I would also probably add some Cajun Seasoning to it to kick it up a bit. I was out of Green Onions so I used dried Chives and it worked fine.
This was extremely easy to make and, except for the green onion, every ingredient can usually be found in the cupboard!
Delicious! Next time I might add some red pepper flakes for MORE spice :)
My boyfriend loved this but I thought it was overwhelming. If I make it again, I will definitely reduce the salt or possibly eliminate it. I put the olive oil in the bread crumbs but it didn't stick that great. Then I drizzled it on the fish, then dredged it, and it worked like a charm.
Great recipe, We love Tilapia I have a couple of recipes that I use and will add this one to make often. Dh really liked it. It doesn't mention what to do with the olive oil,So I didn't use it. I used release foil I did spray it with non-stick spray, I also sprayed the coating on the fish with pam this makes it stick really good therefore you can use more of the coating mix. The baking time is about right. We really enjoyed this fish and I will be making it again, Thank you.
Made as directed and it was Flavorful and Crispy. I loved it! Served it with Garlic Dijon Mashed Potatoes and balsalmic brussel sprouts. The only thing I will change the next time I make this is to add less salt, but otherwise perfect!
My 12 year old daughter prepared this for us the other day with hardly any effort, and WOW!! the flavour was incredible. Thanks for the keeper!
This recipe is good with or without the breading
This was really easy and tasty! I used all spices as listed but used Panko crumbs in place of bread crumbs. I didn't put the olive oil in the crumb mixture but took Barb's tip on the Pam and sprayed the filets before dredging them. I used the olive oil instead to fry them instead of baking. Even my picky 11 yr old son loved it! Definitely a keeper around here!
This was enjoyed by all my guest.
I did add 2 TBSP of cornmeal to the bread crumbs to add more crisp to the out side of the fish. I then lightly sprayed the coated fish with my non stick cooking spray to help the breading stay intact while cooking and crisp up the coating more. This turned out a nice light flavorful coating out side and moist
tender fish on the inside. Very easy to put together last minute and had everything on hand. Thanks for a great recipe.
Fixed this last night, and my family really enjoyed it. It did have a lot of spice, but it is still kid-friendly, I believe. It was very easy to make and I had most of the long list of condiments already in my cabinets. Made no changes except that I didn't have any italian seasoning, so it was left out. The recipe is easy to make, and the cooking times were perfect for my oven. Will definitely make again--thanks for sharing!
I found this to be VERY tasty!!! I sprayed the fish with Pam instead of using oil, and I had no dry mustard, so I put a thin layer of stone ground mustard on top of the fish, then mixed the seasonings (no salt or green onions and I used lemon pepper instead of regular pepper) with the breadcrumbs and dredged the fish~~It came out wonderful and I will surely make again!! Thank you for a great recipe~~~
This was really good. I'm not much of a sea-beastie fan, the spices cover up the flavor of the sea-beastie quite well. I had to find something for Lent. Thanks for posting!
easy to make, tastes great!
The reason this has so many reviews is it is a great recipe. I had wanted to try tilapia for a long time and this looked like a good place to start. Have to admit to not being too literal with the measurements (where's the fun in that?) but it is easy, very tasty and will be prepared again.
Like the other 5* reviewers, this was excellent, ladypit! Served to a weekend guest who, usually doesn't like fish other than fried. Loved, loved, loved it...the coating was delicious! Only change made? I dredged fish fillets in a flat bowl of oil, then into bread crumbs. Easier for me! Use the left-over oil to grease the foil for baking. Thanks a Bzillion for a keeper!
This was terrific! I halved the recipe. Since my filets were thin, it only took 10 minutes to bake. I loved the flavor. Definitely a keeper!
